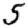
Digit: 5